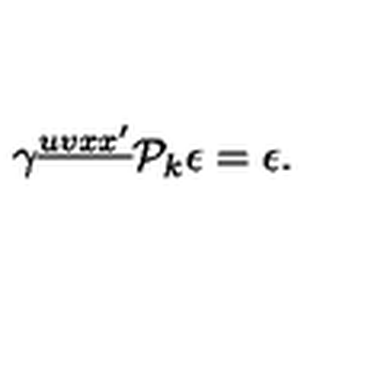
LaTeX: \gamma ^ { \underline { { u v x x ^ { \prime } } } } { \cal P } _ { k } \epsilon = \epsilon .